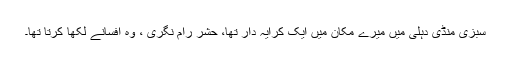
سبزی منڈی دہلی میں میرے مکان میں ایک کرایہ دار تھا، حشر رام نگری ، وہ افسانے لکھا کرتا تھا۔